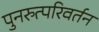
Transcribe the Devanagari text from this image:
पुनरुत्परिवर्तन